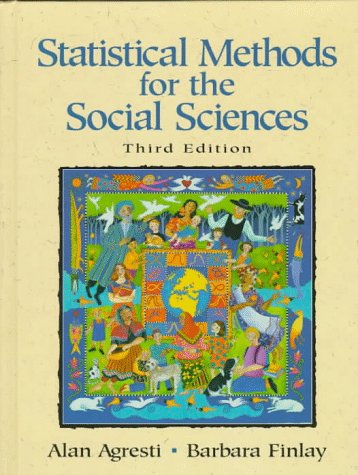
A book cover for Statistical Methods for the Social Sciences (3rd Edition); Alan Agresti; Politics & Social Sciences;